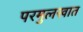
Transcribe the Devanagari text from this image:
परमुलखात